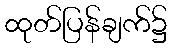
ထုတ်ပြန်ချက်၌